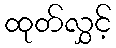
ထုတ်လွှင့်